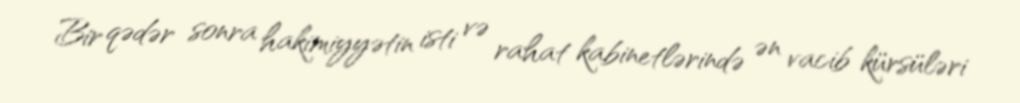
Bir qədər sonra hakimiyyətin isti və rahat kabinetlərində ən vacib kürsüləri